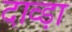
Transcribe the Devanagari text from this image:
दाव्ड़ा